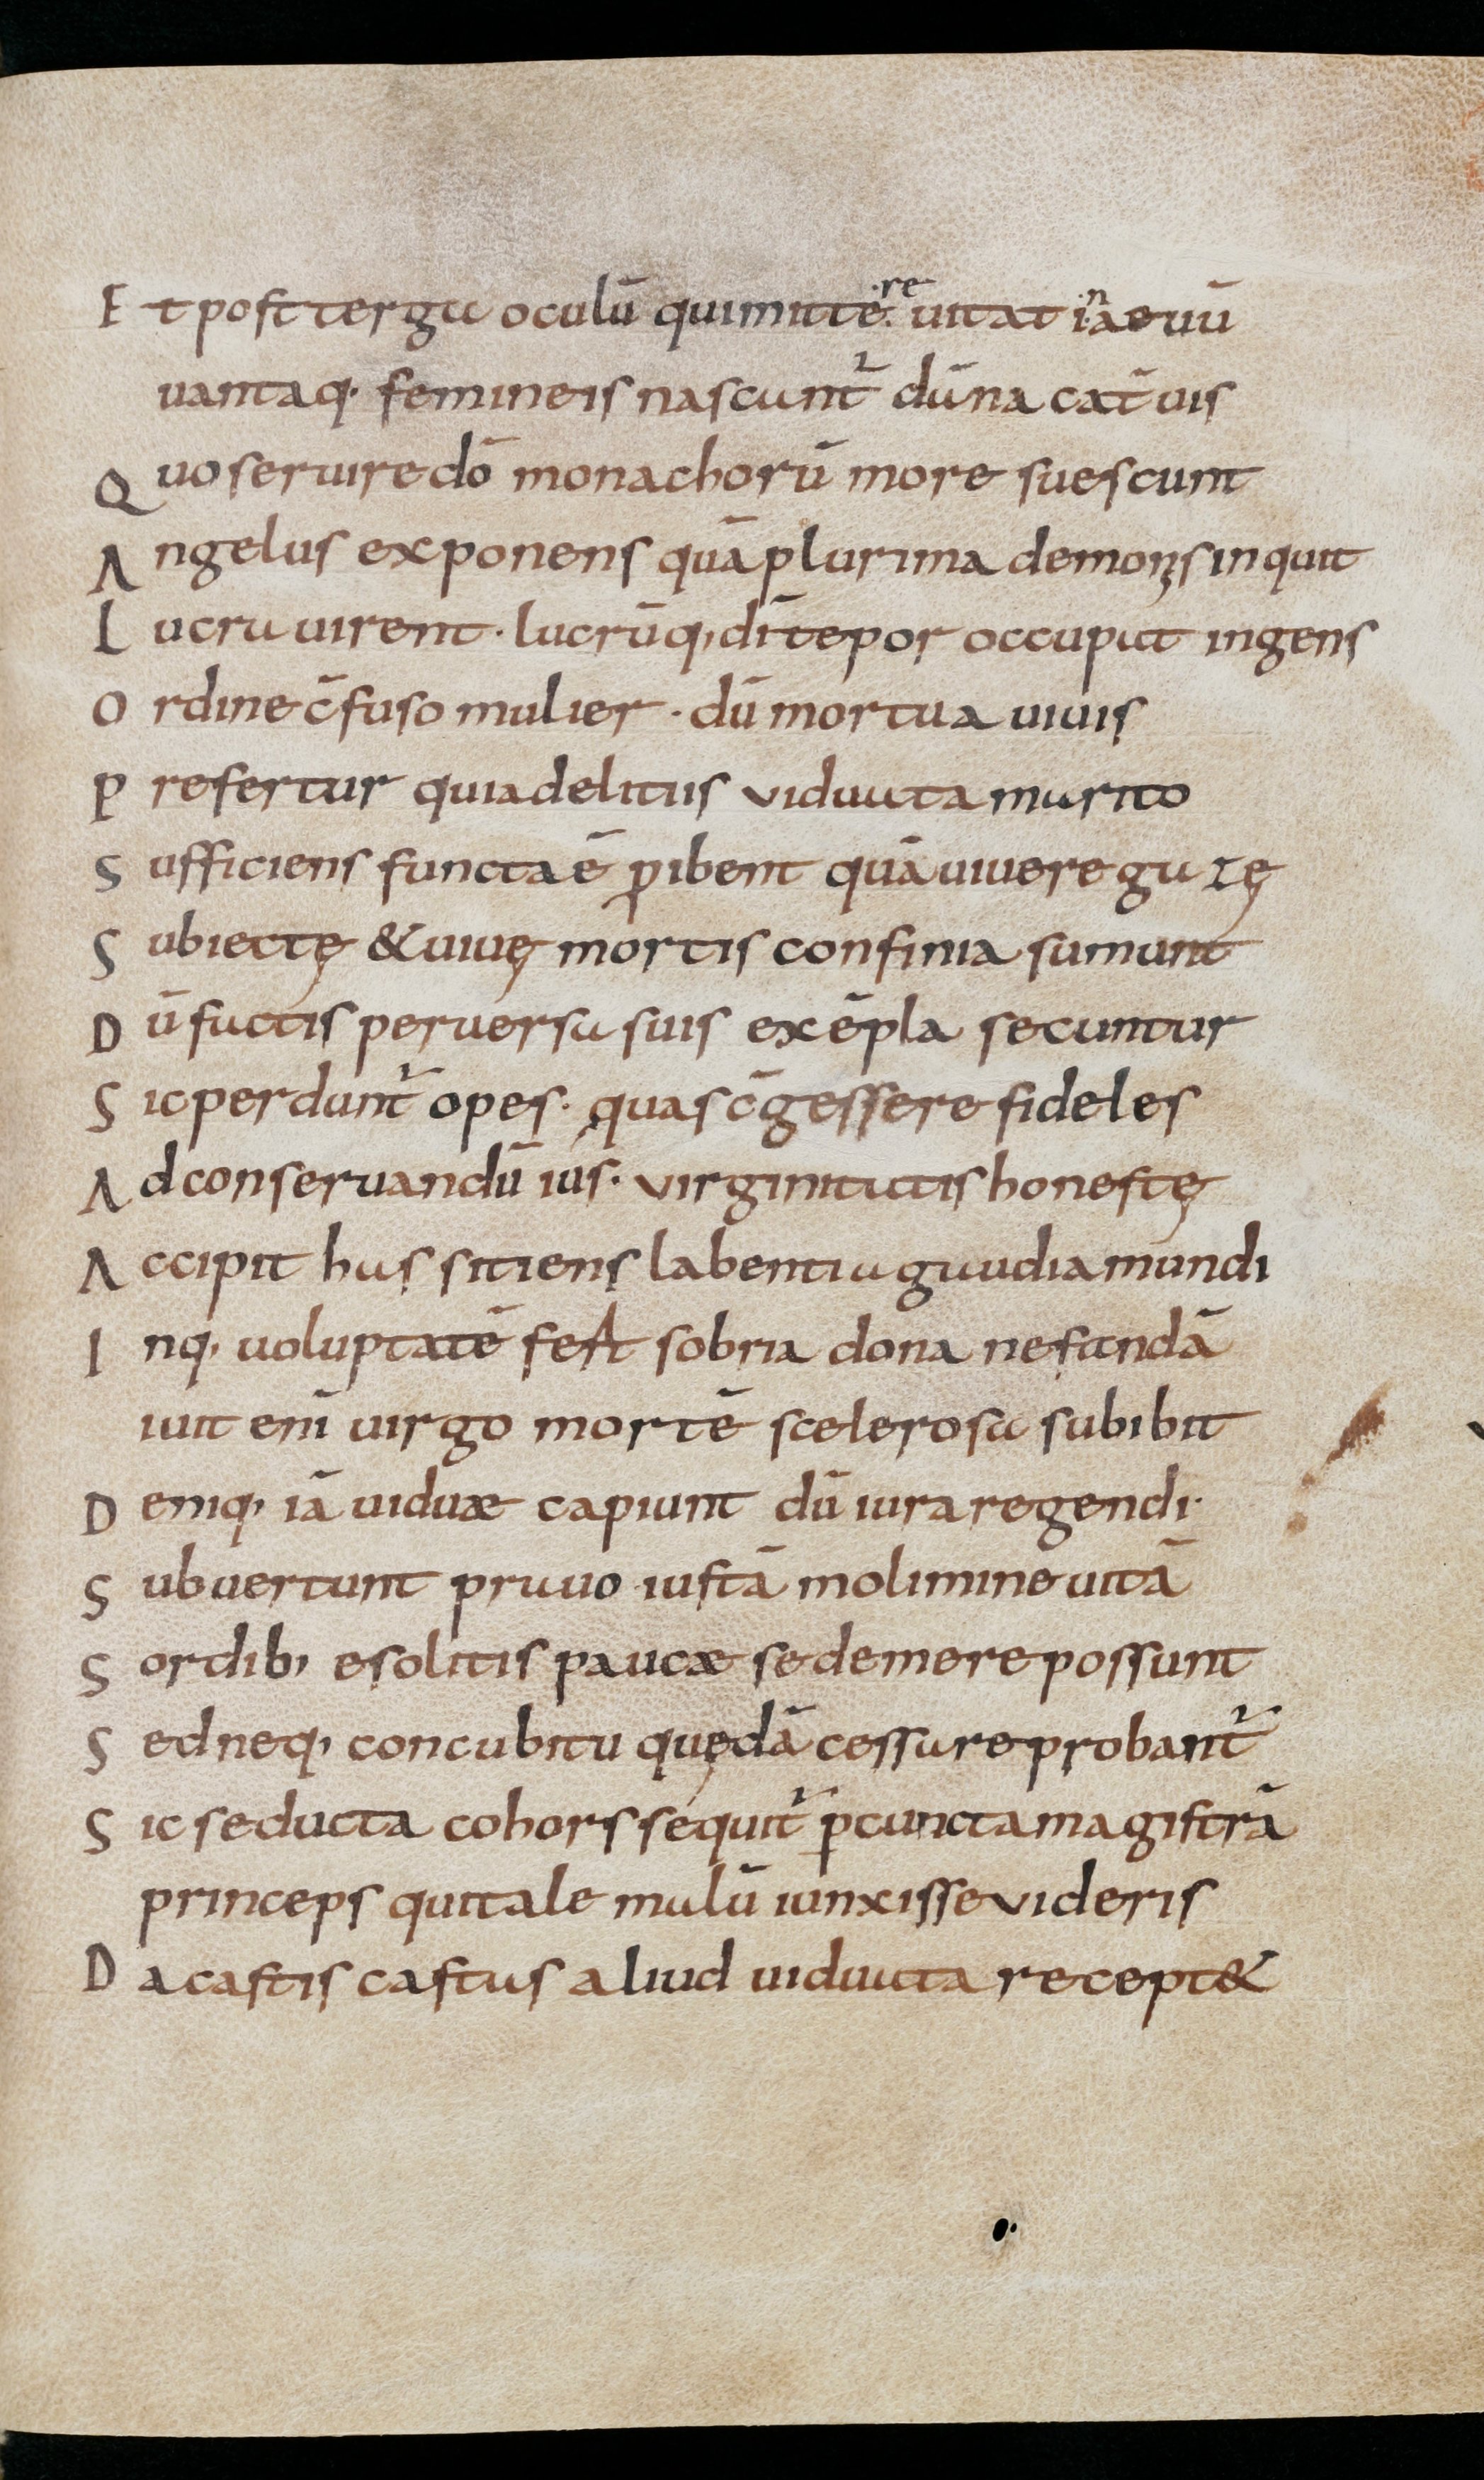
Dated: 800–999